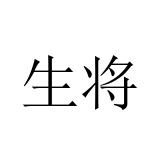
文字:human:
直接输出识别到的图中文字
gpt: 生将